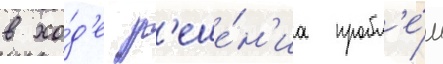
в хо́д'е р'еше́н'иа пробл'е́м